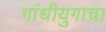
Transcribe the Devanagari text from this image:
गांधीयुगाचा